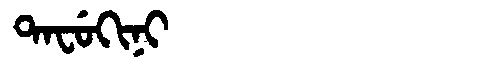
Manchu: ᡨᠠᠸᡠᡴᡳᠨᡳ
Romanization: TAFUKINI